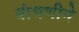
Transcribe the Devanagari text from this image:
बांधणीने